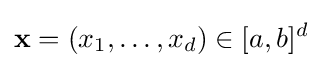
\mathbf {x} =(x_{1},\ldots ,x_{d})\in [a,b]^{d}